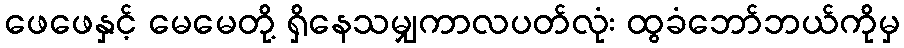
ဖေဖေနှင့် မေမေတို့ ရှိနေသမျှကာလပတ်လုံး ထွခံဘော်ဘယ်ကိုမှ